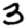
Digit: 3